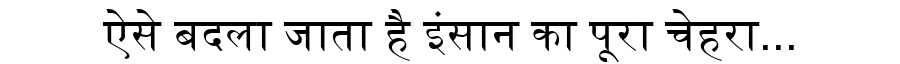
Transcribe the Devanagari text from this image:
ऐसे बदला जाता है इंसान का पूरा चेहरा...